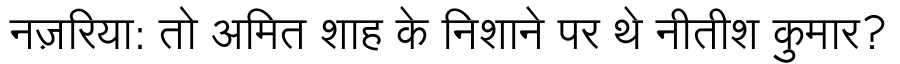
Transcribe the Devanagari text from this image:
नज़रिया: तो अमित शाह के निशाने पर थे नीतीश कुमार?